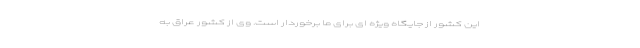
این کشور از جایگاه ویژه ای برای ما برخوردار است. وی از کشور عراق به